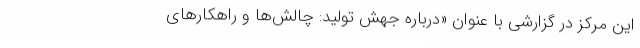
این مرکز در گزارشی با عنوان «درباره جهش تولید: چالش‌ها و راهکارهای